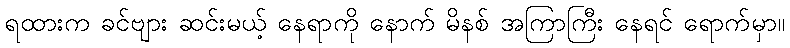
ရထားက ခင်ဗျား ဆင်းမယ့် နေရာကို နောက် မိနစ် အကြာကြီး နေရင် ရောက်မှာ။